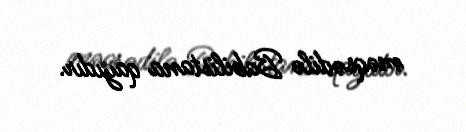
məqsədilə Babilistana qayıdır.